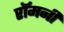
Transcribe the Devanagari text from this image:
रॉमनी